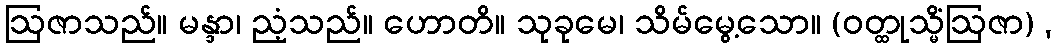
ဩဇာသည်။ မန္ဒာ၊ ညံ့သည်။ ဟောတိ။ သုခုမေ၊ သိမ်မွေ့သော။ (ဝတ္ထုသ္မိံဩဇာ) ,